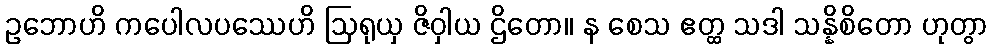
ဥဘောဟိ ကပေါလပဿေဟိ ဩရုယှ ဇိဝှါယ ဌိတော။ န စေသ ဧတ္ထ သဒါ သန္နိစိတော ဟုတွာ